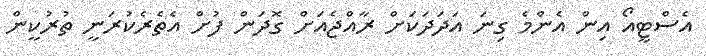
އެސްޓީއޯ އިން އެންމެ ގިނަ އަދަދަކަށް ރާއްޖެއަށް ގޮދަން ފުށް އެތެރެކުރަނީ ތުރުކީން